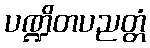
ပဏ္ဍိတပညတ္တံ